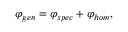
\varphi _ { g e n } = \varphi _ { s p e c } + \varphi _ { h o m } ,